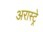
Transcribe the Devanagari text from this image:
अरास्ट्रे